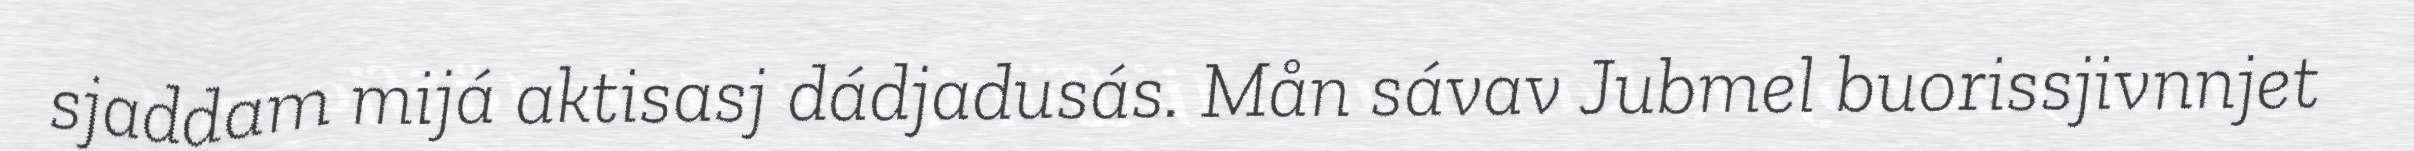
sjaddam mijá aktisasj dádjadusás. Mån sávav Jubmel buorissjivnnjet